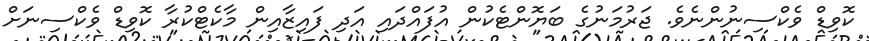
ކޮވިޑް ވެކްސިނުންނެވެ. ޖަރުމަނުގެ ބަޔޮންޓެކުން އުފައްދައި އަދި ފައިޒާއިން މާކެޓްކުރާ ކޮވިޑް ވެކްސިނަށް